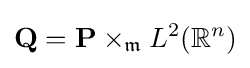
{\mathbf {Q} }={\mathbf {P} }\times _{\mathfrak {m}}L^{2}({\mathbb {R} }^{n})